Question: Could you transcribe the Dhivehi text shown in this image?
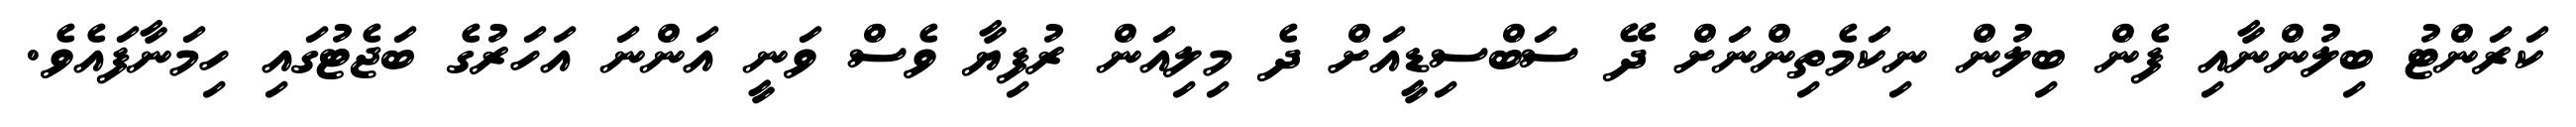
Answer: ކަރަންޓު ބިލުންނާއި ފެން ބިލުން ނިކަމެތިންނަށް ދޭ ސަބްސިޑީއަށް ދެ މިލިއަން ރުފިޔާ ވެސް ވަނީ އަންނަ އަހަރުގެ ބަޖެޓުގައި ހިމަނާފައެވެ.